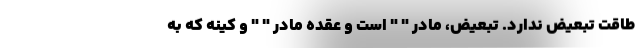
طاقت تبعیض ندارد. تبعیض، مادر " " است و عقده مادر " " و کینه که به